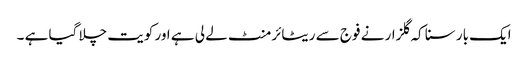
ایک بار سنا کہ گلزار نے فوج سے ریٹائرمنٹ لے لی ہے اور کویت چلا گیا ہے ۔